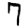
Digit: 7